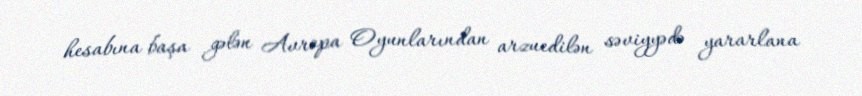
hesabına başa gələn Avropa Oyunlarından arzuedilən səviyyədə yararlana